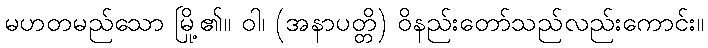
မဟတမည်သော မြို့၏။ ဝါ၊ (အနာပတ္တိ) ဝိနည်းတော်သည်လည်းကောင်း။